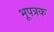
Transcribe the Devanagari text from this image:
भूपत्रक